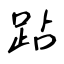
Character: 跕